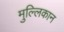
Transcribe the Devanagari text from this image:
मुल्लिकान